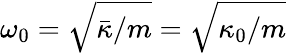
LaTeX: \omega_{0}=\sqrt{\bar{\kappa}/m}=\sqrt{\kappa_{0}/m}